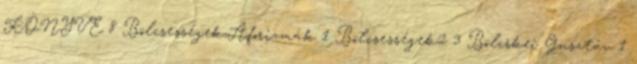
KÖNYVE 8 Bölcsességek,Aforizmák 1 Bölcsességek2 3 Bölcskei Gusztáv 1